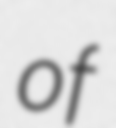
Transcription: of